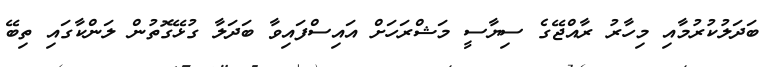
ބަދަލުކުރުމާއި މިހާރު ރާއްޖޭގެ ސިޔާސީ މަޝްރަހަށް އައިސްފައިވާ ބަދަލާ ގުޅޭގޮތުން ލަންކާގައި ތިބޭ